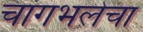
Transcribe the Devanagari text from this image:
चांगभलेचा